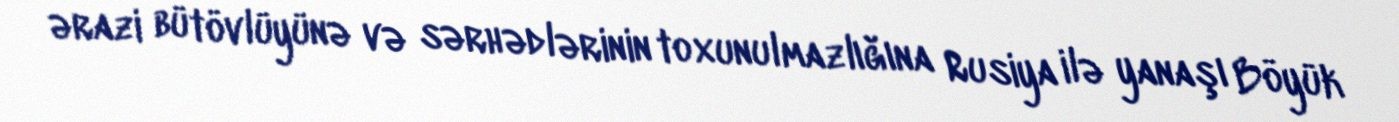
ərazi bütövlüyünə və sərhədlərinin toxunulmazlığına Rusiya ilə yanaşı Böyük